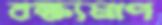
বক্ষ্যমাণ